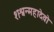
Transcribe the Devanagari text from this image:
शश्वन्महादेवो